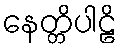
နေတ္တိပါဠိ